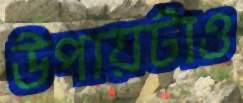
উপায়টাও